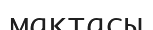
мақтасы